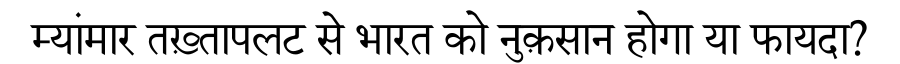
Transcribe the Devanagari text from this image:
म्यांमार तख़्तापलट से भारत को नुक़सान होगा या फायदा?